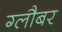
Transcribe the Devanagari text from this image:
ग्लौबर